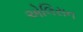
એલિસન